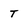
Character: T